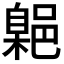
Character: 𮠃